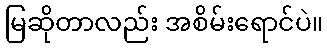
မြဆိုတာလည်း အစိမ်းရောင်ပဲ။